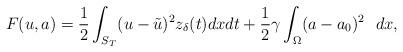
LaTeX: \begin{align*}F(u, a) = \frac{1}{2} \int_{S_T}(u - \tilde{u})^2 z_{\delta }(t) dxdt +\frac{1}{2} \gamma \int_{\Omega}(a - a_0)^2~~ dx,\end{align*}